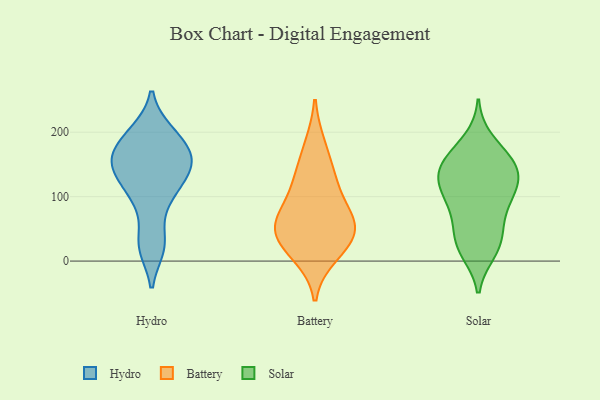
{"axis": {"x": "Tickets Resolved", "y": "Value"}, "legend": ["Battery", "Hydro", "Solar"], "data": [{"x": "", "y": 200, "type": "Hydro"}, {"x": "", "y": 176, "type": "Hydro"}, {"x": "", "y": 197, "type": "Hydro"}, {"x": "", "y": 158, "type": "Hydro"}, {"x": "", "y": 22, "type": "Hydro"}, {"x": "", "y": 113, "type": "Hydro"}, {"x": "", "y": 154, "type": "Hydro"}, {"x": "", "y": 122, "type": "Hydro"}, {"x": "", "y": 147, "type": "Hydro"}, {"x": "", "y": 89, "type": "Hydro"}, {"x": "", "y": 27, "type": "Hydro"}, {"x": "", "y": 155, "type": "Hydro"}, {"x": "", "y": 179, "type": "Battery"}, {"x": "", "y": 80, "type": "Battery"}, {"x": "", "y": 53, "type": "Battery"}, {"x": "", "y": 10, "type": "Battery"}, {"x": "", "y": 39, "type": "Battery"}, {"x": "", "y": 129, "type": "Battery"}, {"x": "", "y": 66, "type": "Battery"}, {"x": "", "y": 125, "type": "Battery"}, {"x": "", "y": 53, "type": "Battery"}, {"x": "", "y": 24, "type": "Battery"}, {"x": "", "y": 104, "type": "Solar"}, {"x": "", "y": 164, "type": "Solar"}, {"x": "", "y": 135, "type": "Solar"}, {"x": "", "y": 36, "type": "Solar"}, {"x": "", "y": 187, "type": "Solar"}, {"x": "", "y": 157, "type": "Solar"}, {"x": "", "y": 19, "type": "Solar"}, {"x": "", "y": 27, "type": "Solar"}, {"x": "", "y": 15, "type": "Solar"}, {"x": "", "y": 131, "type": "Solar"}, {"x": "", "y": 106, "type": "Solar"}, {"x": "", "y": 137, "type": "Solar"}, {"x": "", "y": 97, "type": "Solar"}, {"x": "", "y": 67, "type": "Solar"}, {"x": "", "y": 141, "type": "Solar"}, {"x": "", "y": 107, "type": "Solar"}, {"x": "", "y": 63, "type": "Solar"}, {"x": "", "y": 156, "type": "Solar"}]}